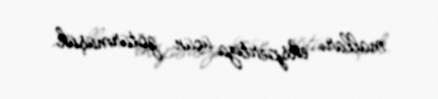
malları ekspertiza üçün götürmüşük.